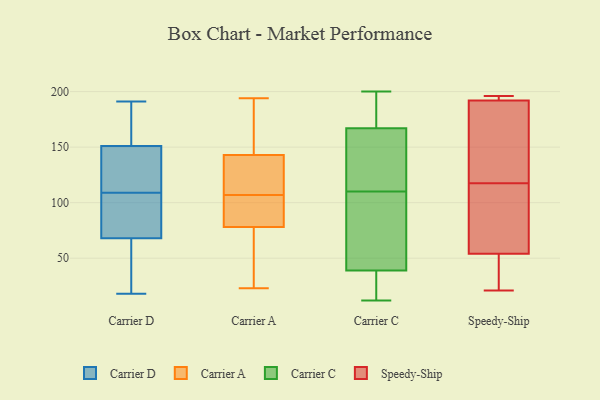
{"axis": {"x": "Population (Million)", "y": "Value"}, "legend": ["Carrier A", "Carrier C", "Carrier D", "Speedy-Ship"], "data": [{"x": "", "y": 92, "type": "Carrier D"}, {"x": "", "y": 91, "type": "Carrier D"}, {"x": "", "y": 73, "type": "Carrier D"}, {"x": "", "y": 191, "type": "Carrier D"}, {"x": "", "y": 18, "type": "Carrier D"}, {"x": "", "y": 34, "type": "Carrier D"}, {"x": "", "y": 152, "type": "Carrier D"}, {"x": "", "y": 68, "type": "Carrier D"}, {"x": "", "y": 126, "type": "Carrier D"}, {"x": "", "y": 154, "type": "Carrier D"}, {"x": "", "y": 151, "type": "Carrier D"}, {"x": "", "y": 33, "type": "Carrier D"}, {"x": "", "y": 141, "type": "Carrier D"}, {"x": "", "y": 134, "type": "Carrier D"}, {"x": "", "y": 29, "type": "Carrier A"}, {"x": "", "y": 88, "type": "Carrier A"}, {"x": "", "y": 70, "type": "Carrier A"}, {"x": "", "y": 137, "type": "Carrier A"}, {"x": "", "y": 162, "type": "Carrier A"}, {"x": "", "y": 149, "type": "Carrier A"}, {"x": "", "y": 95, "type": "Carrier A"}, {"x": "", "y": 169, "type": "Carrier A"}, {"x": "", "y": 23, "type": "Carrier A"}, {"x": "", "y": 182, "type": "Carrier A"}, {"x": "", "y": 122, "type": "Carrier A"}, {"x": "", "y": 104, "type": "Carrier A"}, {"x": "", "y": 61, "type": "Carrier A"}, {"x": "", "y": 111, "type": "Carrier A"}, {"x": "", "y": 26, "type": "Carrier A"}, {"x": "", "y": 133, "type": "Carrier A"}, {"x": "", "y": 97, "type": "Carrier A"}, {"x": "", "y": 110, "type": "Carrier A"}, {"x": "", "y": 86, "type": "Carrier A"}, {"x": "", "y": 194, "type": "Carrier A"}, {"x": "", "y": 176, "type": "Carrier C"}, {"x": "", "y": 51, "type": "Carrier C"}, {"x": "", "y": 17, "type": "Carrier C"}, {"x": "", "y": 130, "type": "Carrier C"}, {"x": "", "y": 125, "type": "Carrier C"}, {"x": "", "y": 95, "type": "Carrier C"}, {"x": "", "y": 138, "type": "Carrier C"}, {"x": "", "y": 39, "type": "Carrier C"}, {"x": "", "y": 12, "type": "Carrier C"}, {"x": "", "y": 21, "type": "Carrier C"}, {"x": "", "y": 186, "type": "Carrier C"}, {"x": "", "y": 64, "type": "Carrier C"}, {"x": "", "y": 200, "type": "Carrier C"}, {"x": "", "y": 39, "type": "Carrier C"}, {"x": "", "y": 158, "type": "Carrier C"}, {"x": "", "y": 180, "type": "Carrier C"}, {"x": "", "y": 155, "type": "Speedy-Ship"}, {"x": "", "y": 21, "type": "Speedy-Ship"}, {"x": "", "y": 80, "type": "Speedy-Ship"}, {"x": "", "y": 192, "type": "Speedy-Ship"}, {"x": "", "y": 177, "type": "Speedy-Ship"}, {"x": "", "y": 54, "type": "Speedy-Ship"}, {"x": "", "y": 48, "type": "Speedy-Ship"}, {"x": "", "y": 59, "type": "Speedy-Ship"}, {"x": "", "y": 193, "type": "Speedy-Ship"}, {"x": "", "y": 196, "type": "Speedy-Ship"}]}